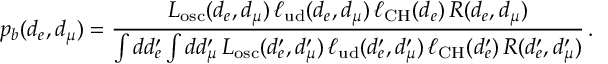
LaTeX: p _ { b } ( d _ { e } , d _ { \mu } ) = \frac { L _ { \mathrm { o s c } } ( d _ { e } , d _ { \mu } ) \, \ell _ { \mathrm { u d } } ( d _ { e } , d _ { \mu } ) \, \ell _ { \mathrm { C H } } ( d _ { e } ) \, R ( d _ { e } , d _ { \mu } ) } { \int d d _ { e } ^ { \prime } \int d d _ { \mu } ^ { \prime } \, L _ { \mathrm { o s c } } ( d _ { e } ^ { \prime } , d _ { \mu } ^ { \prime } ) \, \ell _ { \mathrm { u d } } ( d _ { e } ^ { \prime } , d _ { \mu } ^ { \prime } ) \, \ell _ { \mathrm { C H } } ( d _ { e } ^ { \prime } ) \, R ( d _ { e } ^ { \prime } , d _ { \mu } ^ { \prime } ) } \, .